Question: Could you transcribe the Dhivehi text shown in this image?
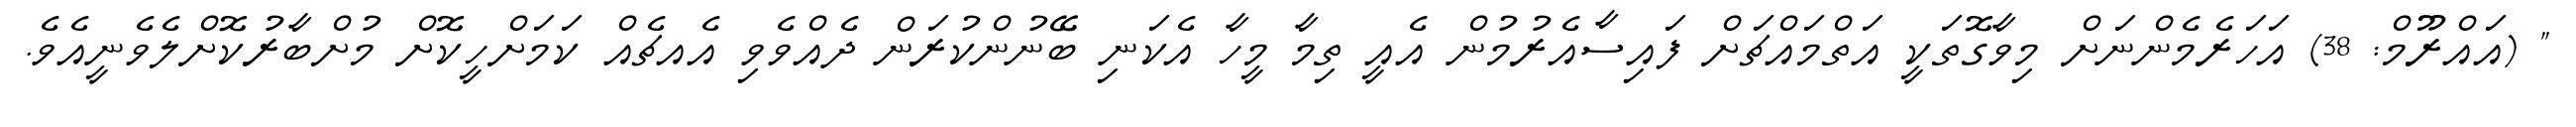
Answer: " (އައްރޫމް: 38) އަހަރެމެންނަށް މިވާގޮތަކީ އަތްމައްޗަށް ފައިސާއެރުމުން އެއީ ތިމާ މީހާ އެކަނި ބޭނުންކުރަން ދެއްވެވި އެއޗެއް ކަމަށްހީކޮށް މުށްބާރުކޮށްލެވެނީއެވެ.